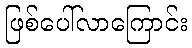
ဖြစ်ပေါ်လာကြောင်း